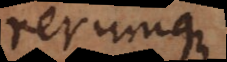
rerumqu